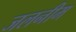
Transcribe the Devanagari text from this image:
जलनीम